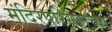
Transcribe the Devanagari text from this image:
मंदिरपरिसराच्या